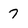
Character: 7